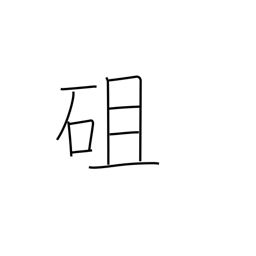
Meaning: stony hill